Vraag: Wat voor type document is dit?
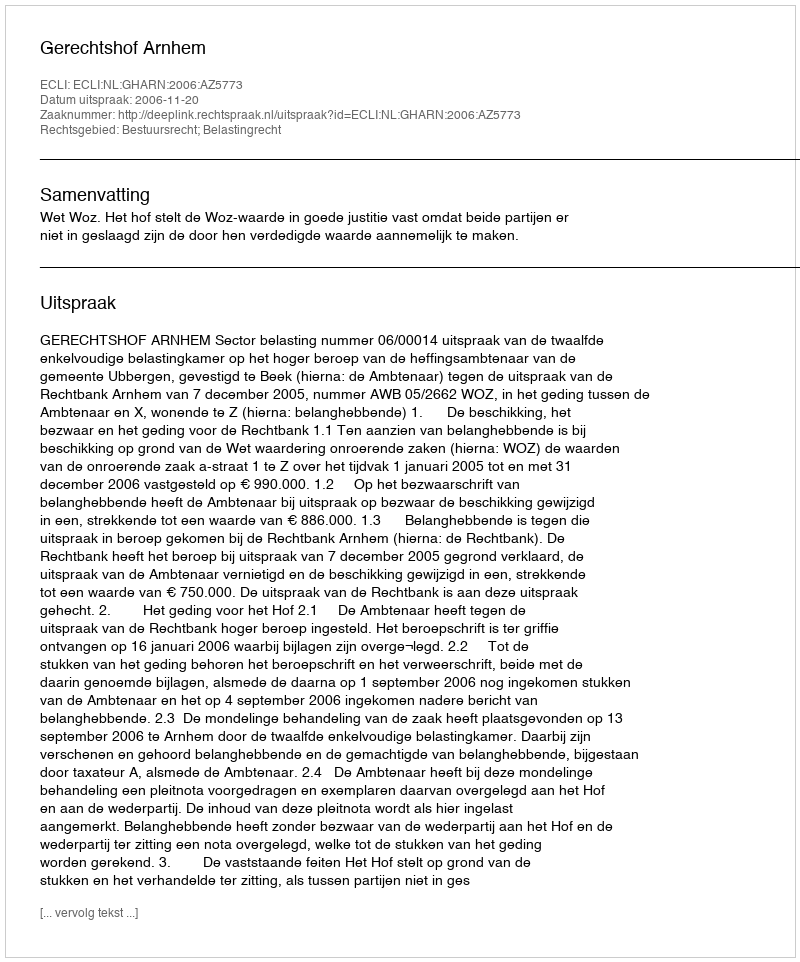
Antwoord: Uitspraak